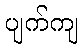
ပျက်ကျ